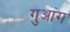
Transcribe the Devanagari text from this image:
गुआंग